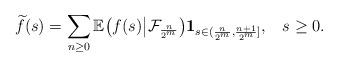
LaTeX: \begin{align*} \widetilde f(s) = \sum_{n\geq 0}\mathbb E\bigl(f(s)\big| \mathcal F_{\frac{n}{2^m}}\bigr)\mathbf 1_{s \in (\frac{n}{2^m}, \frac{n+1}{2^m}]},\;\;\; s\geq 0.\end{align*}